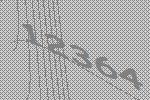
12364